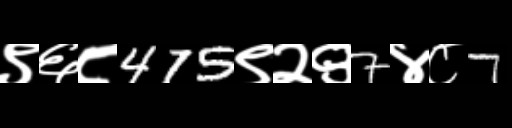
Text: ९६८475९२९7४८7